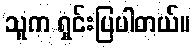
သူက ရှင်းပြပါတယ်။